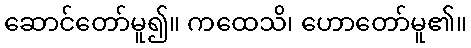
ဆောင်တော်မူ၍။ ကထေသိ၊ ဟောတော်မူ၏။